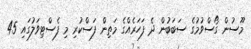
މޫސުން ގޯސްވުމުގެ ސަބަބުން ދެ ފަހަރެއްގެ މަތިން ފަސްކުރި މި ފެސްޓިވަލުގައި 45